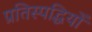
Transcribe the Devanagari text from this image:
प्रतिस्पद्धियों